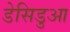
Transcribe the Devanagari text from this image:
डेसिडुआ